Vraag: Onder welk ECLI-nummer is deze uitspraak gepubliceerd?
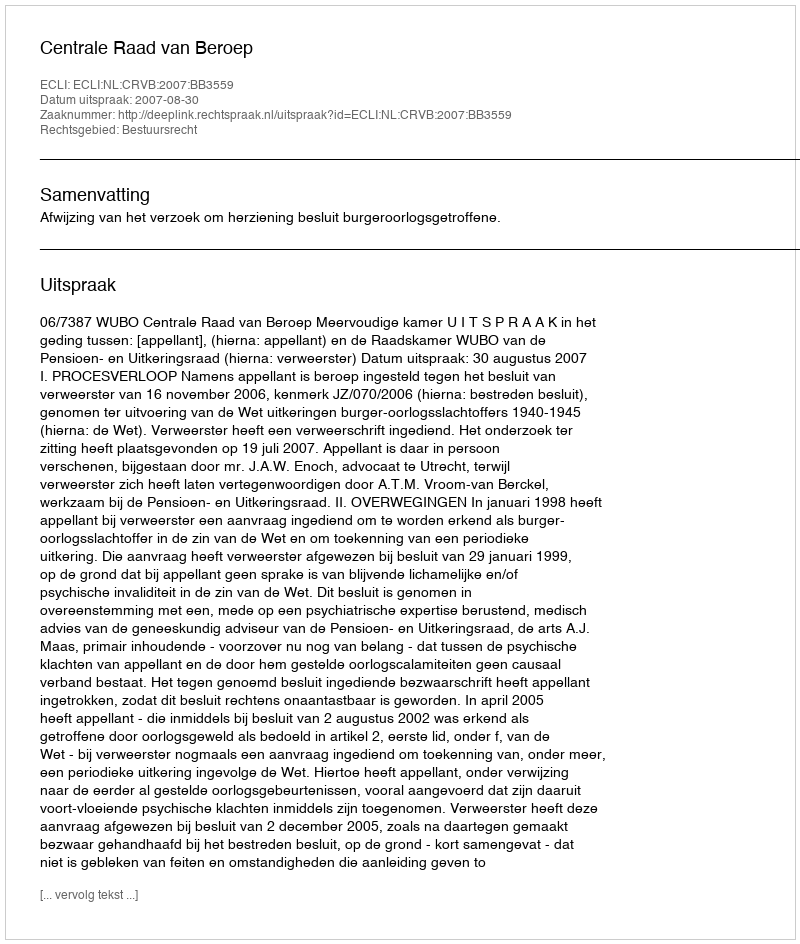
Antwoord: ECLI:NL:CRVB:2007:BB3559